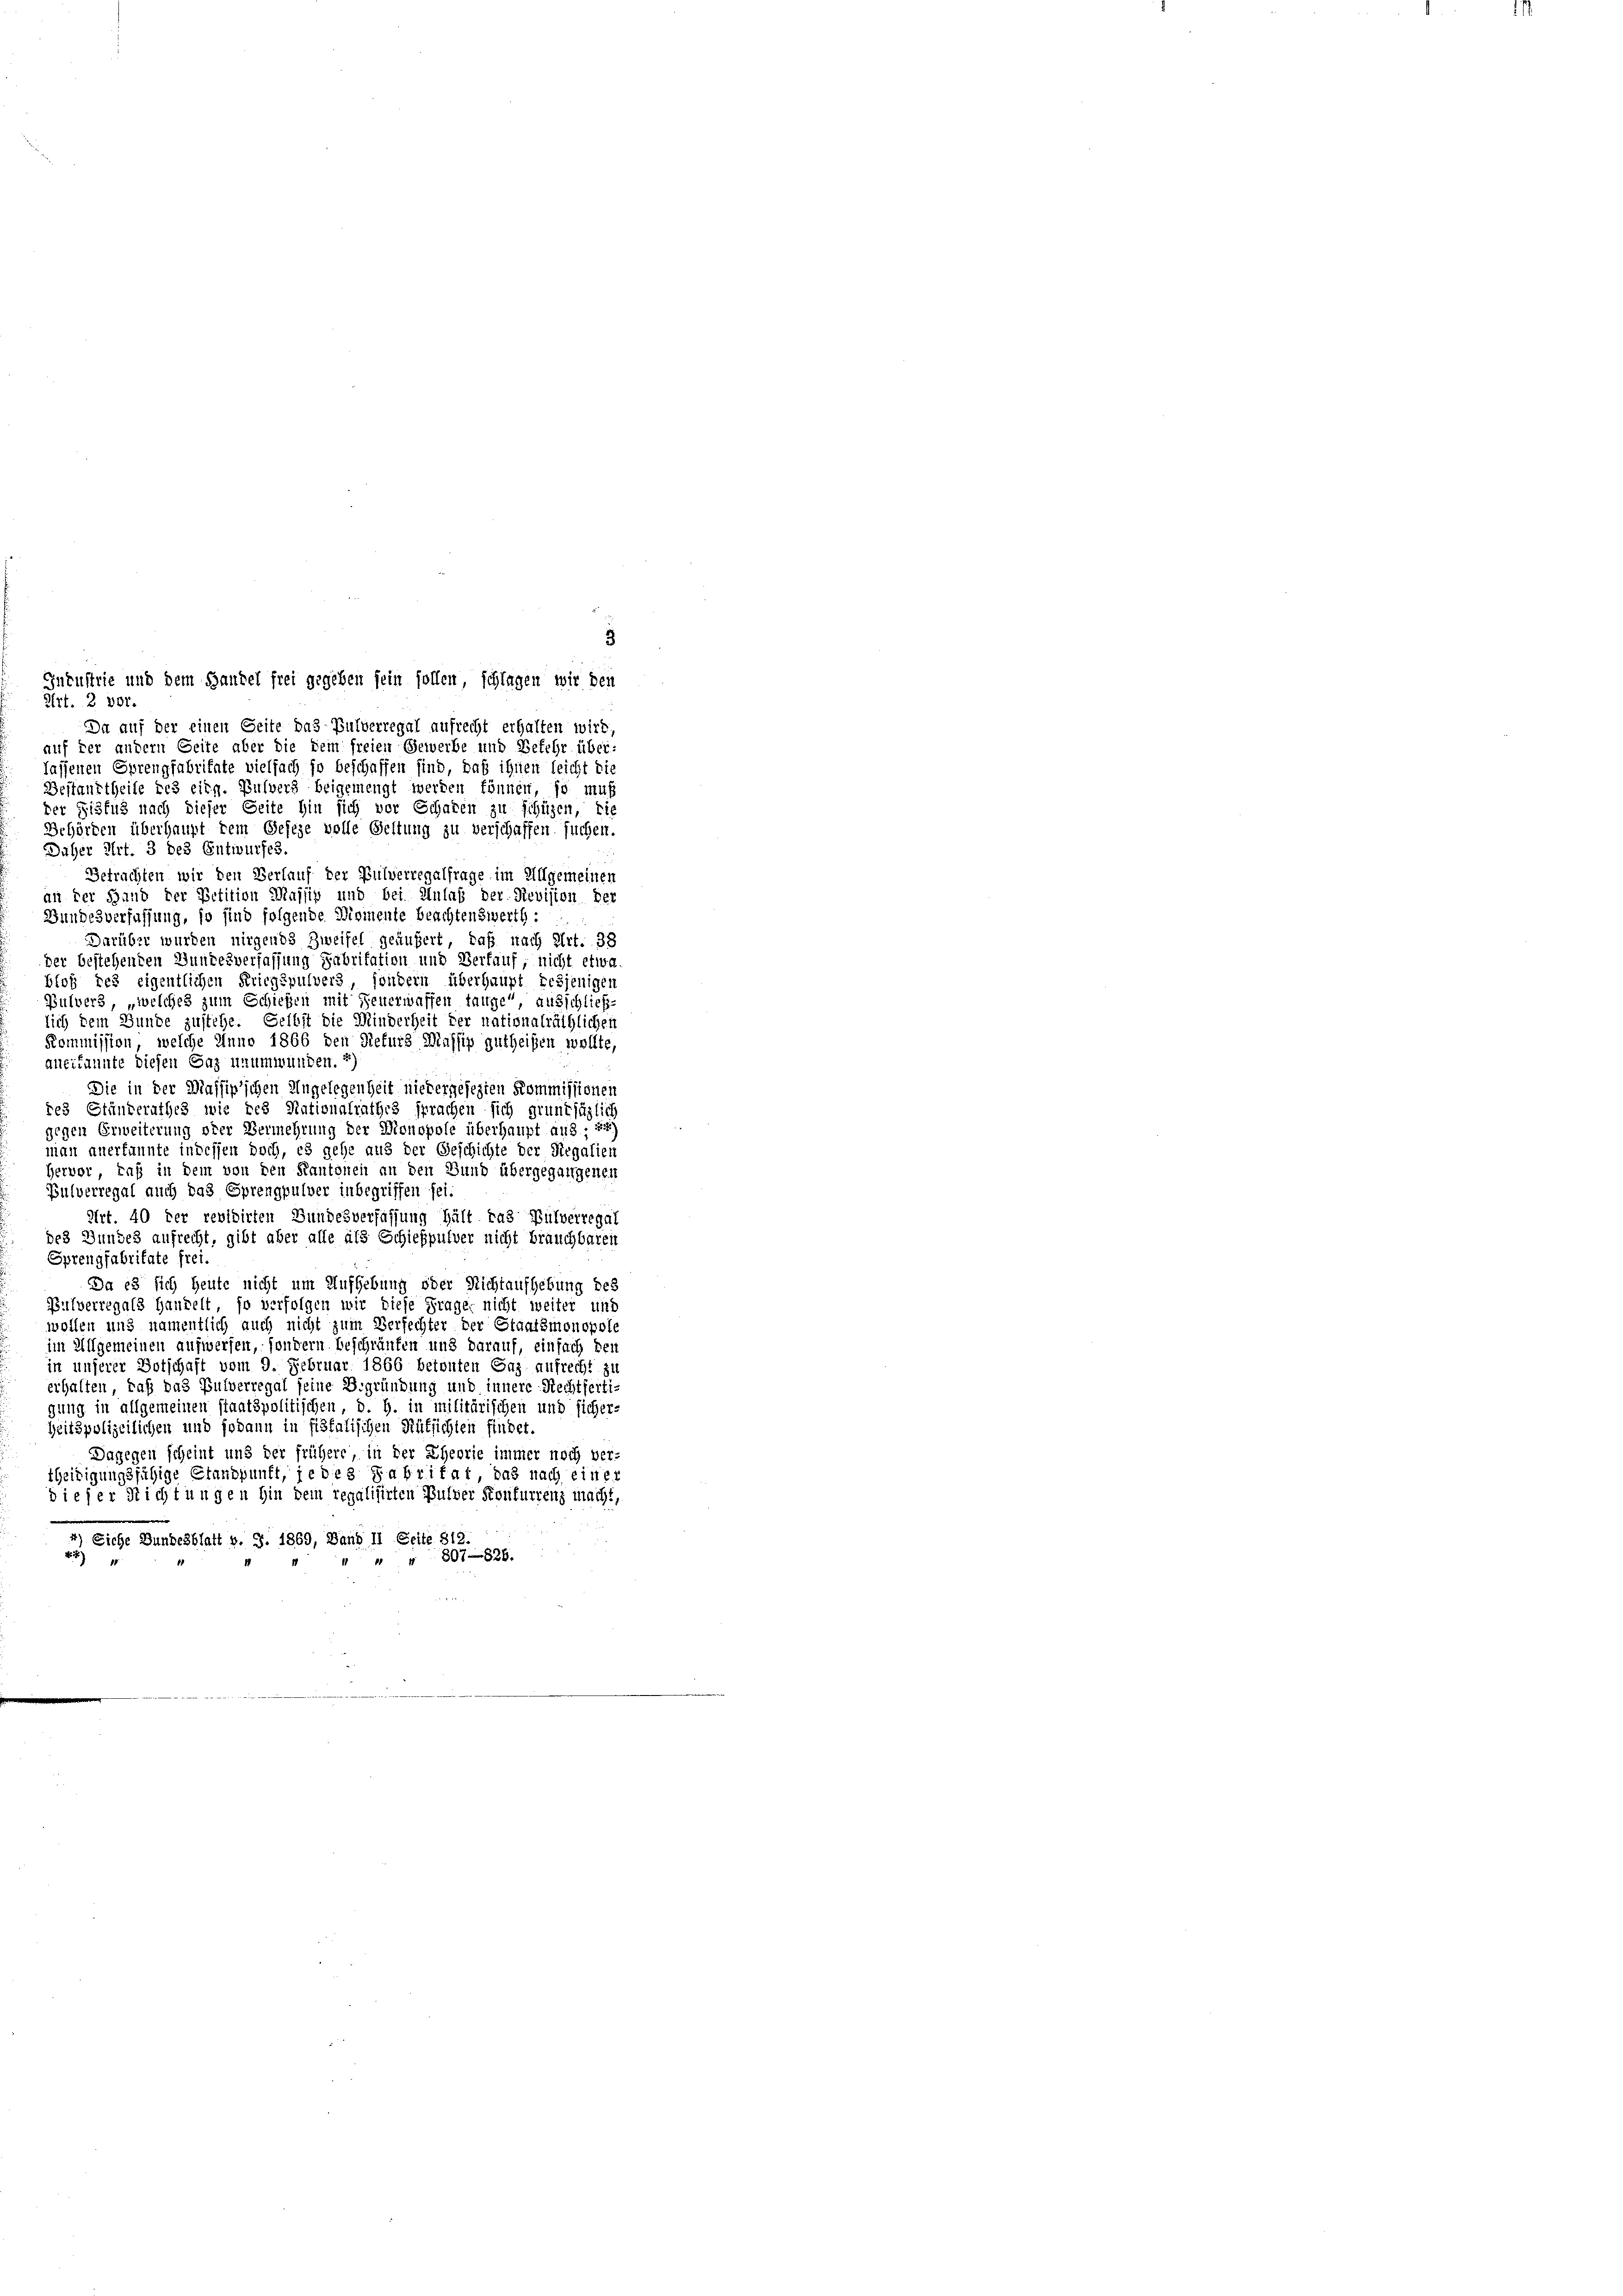
3
Industrie und dem Handel frei gegeben sein sollen, schlagen wir den
Art. 2 vor.
Da auf der einen Seite das Pulverregal aufrecht erhalten wird,
auf der andern Seite aber die dem freien Gewerbe und Befehr über-
lassenen Sprengfabritate vielfach so beschaffen sind, daß ihnen leicht die
Bestandtheile des eidg. Pulvers beigemengt werden können, so muß
der Fisfus nach dieser Seite hin sich vor Schaten zu schüzen, die
Behörden überhaupt dem Geseze volle Geltung zu verschaffen suchen.
Daher Art. 3 des Entwurfes.
Betrachten wir den Verlauf der Bulverregalfrage im Allgemeinen
an der Hand der Petition Massig und bei Anlaß der Revision der
Bundesverfassung, so sind folgende Momente beachtenswerth :
Darüber wurden nirgends Zweifel geäußert, daß nach Art. 38
der bestehenden Bundesverfassung Fabritation und Verfauf, nicht etwa
blos des eigentlichen Kriegspulvers, sondern überhaupt desjenigen
Pulvers, „welches zum Schiehen mit Feuerwaffen tange“ ausschließ-
lich dem Gunde zustehe. Selbst die Minderheit der nationalräthlichen
Kommission, welche Anno 1866 den Refurs Massig gutheißen wollte,
anerkannte diesen Gaz unumwunden. 2)
Die in der Massip’schen Angelegenheit niedergesezten Kommissionen
res Ständerathes wie des Nationalrathes sprachen sich grundsäglich
gegen Erweiterung oder Vermehrung der Monopole überhaupt aus; 2)
man anerkannte indessen doch, es gehe aus der Geschichte der Regalien
Hervor, daß in dem von den Kantonen an den Bund übergegangenen
Bulverregal auch das Sprengpulver inbegriffen sei
Art. 40 der revidirten Bundesverfassung hält das Pulverregal
des Bundes aufrecht, gibt aber alle als Schießpulver nicht brauchbaren
Sprengfabritate frei.
Da es sich heute nicht um Aufhebung oder Nichtaufhebung des
Pulverregals Handelt, so verfolgen wir diese Frages nicht weiter und
wollen und namentlich auch nicht zum Verfechter der Staatsmonopole
im Allgemeinen aufwerfen, sondern beschränken und darauf, einfach den
in unserer Botschaft vom 9. Februar 1866 betonten Gaz aufrecht zu
erhalten, daß das Pulverregal seine Begründung und innere Rechtfertigung in allgemeinen staatspolitischen, d. h. in militärischen und sicher-
heitspolizeilichen und sodann in fiskalischen Rüksichten findet.
Dagegen scheint und der frühere, in der Eheorie immer noch ver-
teidigungsfähige Standpunft, jedes Fabritat das nach einer
dieser Nichtungen hin dem regalisirten Pulver Konfurrenz macht,
4) Siche Bundesblatt b. S. 1869, Band II Seite 812
25
+807—826.